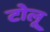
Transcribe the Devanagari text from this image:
टोलू